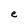
Character: e